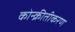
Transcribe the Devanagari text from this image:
कोन्क्रीतीकरण